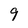
Character: 9